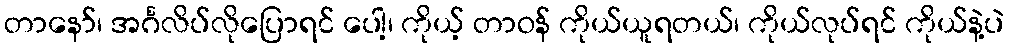
တာနော်၊ အင်္ဂလိပ်လိုပြောရင် ပေါ့၊ ကိုယ့် တာဝန် ကိုယ်ယူရတယ်၊ ကိုယ်လုပ်ရင် ကိုယ်နဲ့ပဲ